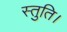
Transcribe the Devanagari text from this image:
स्तुति।